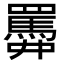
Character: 𦌹